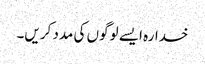
خدارہ ایسے لوگوں کی مدد کریں۔